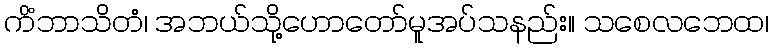
ကိံဘာသိတံ၊ အဘယ်သို့ဟောတော်မူအပ်သနည်း။ သစေလဘေထ၊